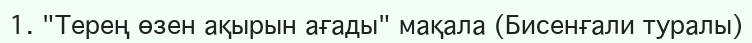
1. "Терең өзен ақырын ағады" мақала (Бисенғали туралы)